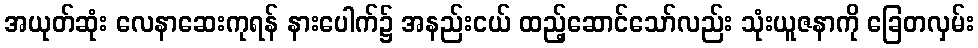
အယုတ်ဆုံး လေနာဆေးကုရန် နားပေါက်၌ အနည်းငယ် ထည့်ဆောင်သော်လည်း သုံးယူဇနာကို ခြေတလှမ်း